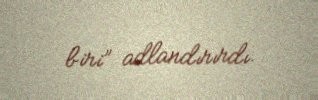
biri” adlandırırdı.